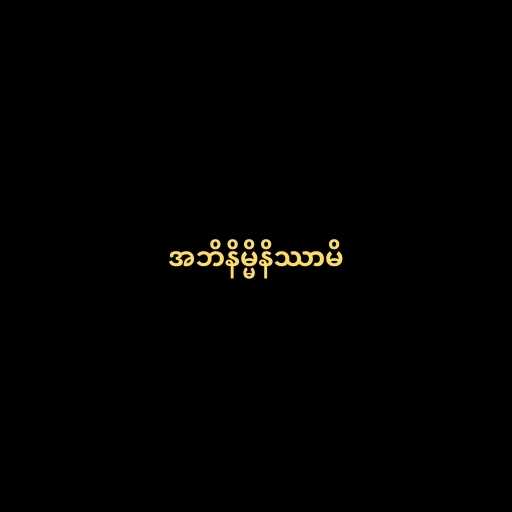
အဘိနိမ္မိနိဿာမိ